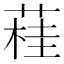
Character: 蓕